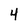
Character: 4